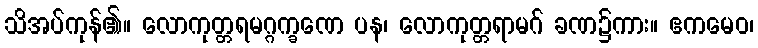
သိအပ်ကုန်၏။ လောကုတ္တရမဂ္ဂက္ခဏေ ပန၊ လောကုတ္တရာမဂ် ခဏ၌ကား။ ဧကမေဝ၊